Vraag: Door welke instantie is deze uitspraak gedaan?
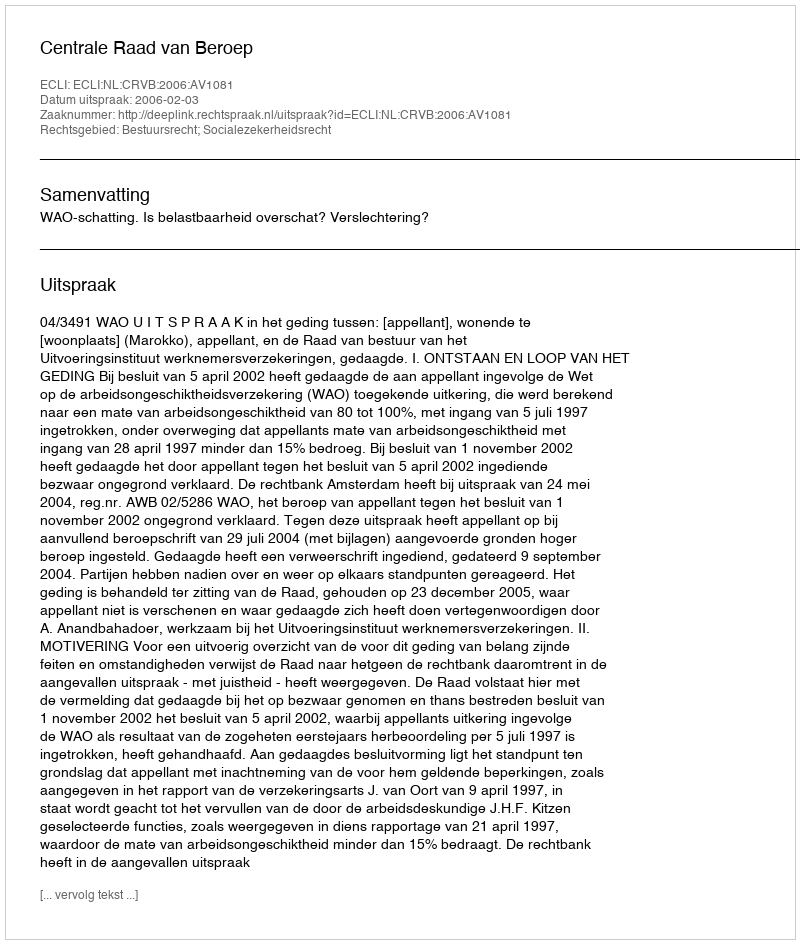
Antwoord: Centrale Raad van Beroep